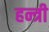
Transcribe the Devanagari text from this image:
हन्त्री